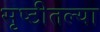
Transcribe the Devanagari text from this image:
सृष्टीतल्या